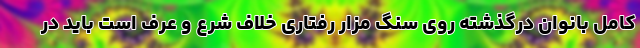
کامل بانوان درگذشته روی سنگ مزار رفتاری خلاف شرع و عرف است باید در